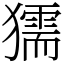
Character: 獳